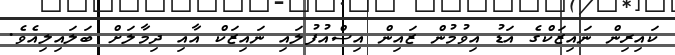
ކައިރިން ނައިޒަކްގެ އަޑު އިވުމުން ޒައިން އިސްއުފުލައި ނައިޒަކް އާއި ދިމާލަށް ބަލައިލިއެވެ.